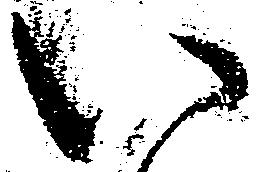
い